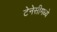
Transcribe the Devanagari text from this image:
टेनेसीमध्ये